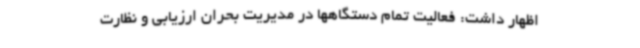
اظهار داشت: فعالیت تمام دستگاهها در مدیریت بحران ارزیابی و نظارت